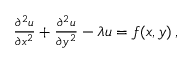
\begin{array} { r } { \frac { \partial ^ { 2 } u } { \partial x ^ { 2 } } + \frac { \partial ^ { 2 } u } { \partial y ^ { 2 } } - \lambda u = f ( x , y ) \, , } \end{array}